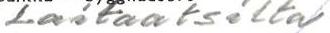
Laitaatsilta